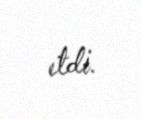
etdi.